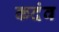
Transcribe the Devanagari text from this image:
कदंव